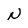
Character: N